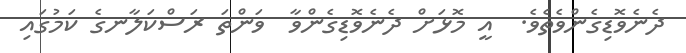
ދެނެވޮޑިގެންވެތެވެ.  އީ މޮޅަށް ދެނެވޮޑިގެންވާ  ވަންތަ ރަސްކަލާނގެ ކަމުގައި